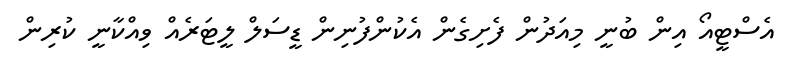
އެސްޓީއޯ އިން ބުނީ މިއަދުން ފެށިގެން އެކުންފުނިން ޑީސަލް ލީޓަރެއް ވިއްކާނީ ކުރިން